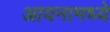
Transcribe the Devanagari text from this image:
आयनामध्ये